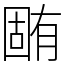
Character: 𣎏